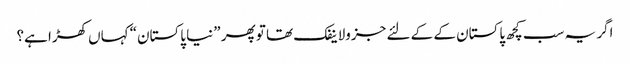
اگر یہ سب کچھ پاکستان کے کے لئے جزولاینفک تھا تو پھر ”نیا پاکستان“ کہاں کھڑا ہے؟